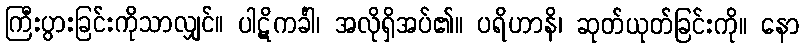
ကြီးပွားခြင်းကိုသာလျှင်။ ပါဋိကင်္ခါ၊ အလိုရှိအပ်၏။ ပရိဟာနိ၊ ဆုတ်ယုတ်ခြင်းကို။ နော